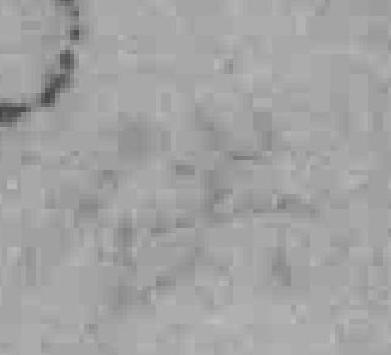
供